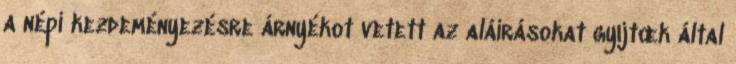
a népi kezdeményezésre árnyékot vetett az aláírásokat gyıjtœk által